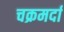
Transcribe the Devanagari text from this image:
चक्रमर्दा